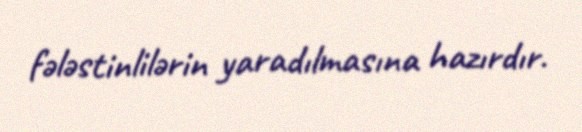
fələstinlilərin yaradılmasına hazırdır.